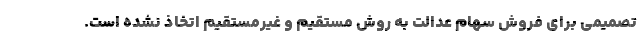
تصمیمی برای فروش سهام عدالت به روش مستقیم و غیرمستقیم اتخاذ نشده است.